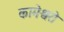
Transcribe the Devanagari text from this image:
कामेश्वरो